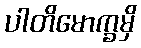
ပါတိမောက္ခမှိ